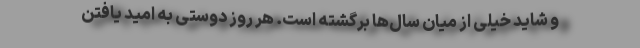
و شاید خیلی از میان سال‌ها برگشته است. هر روز دوستی به امید یافتن